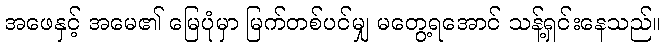
အဖေနှင့် အမေ၏ မြေပုံမှာ မြက်တစ်ပင်မျှ မတွေ့ရအောင် သန့်ရှင်းနေသည်။